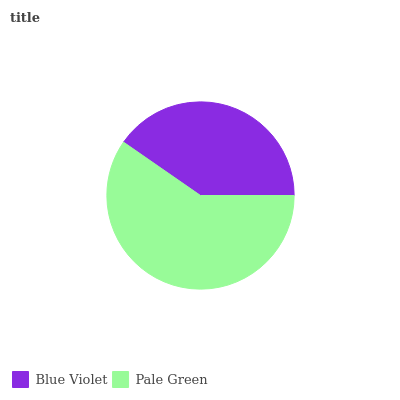
| Blue Violet | Pale Green |
 | --- | --- |
 | 40.4% | 59.6% |